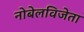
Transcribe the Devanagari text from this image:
नोबेलविजेता